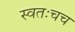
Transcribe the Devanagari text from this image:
स्वतःचच